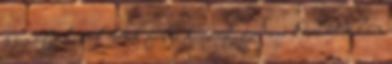
komoly hívők tették fel a kérdést. Ami kérdést talán